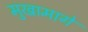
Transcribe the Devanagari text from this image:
मुखामागे